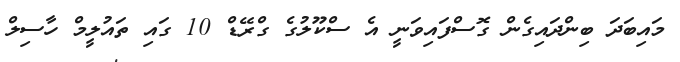
މައިބަދަ ބިންދައިގެން ގޮސްފައިވަނީ އެ ސްކޫލުގެ ގްރޭޑް 10 ގައި ތައުލީމް ހާސިލް